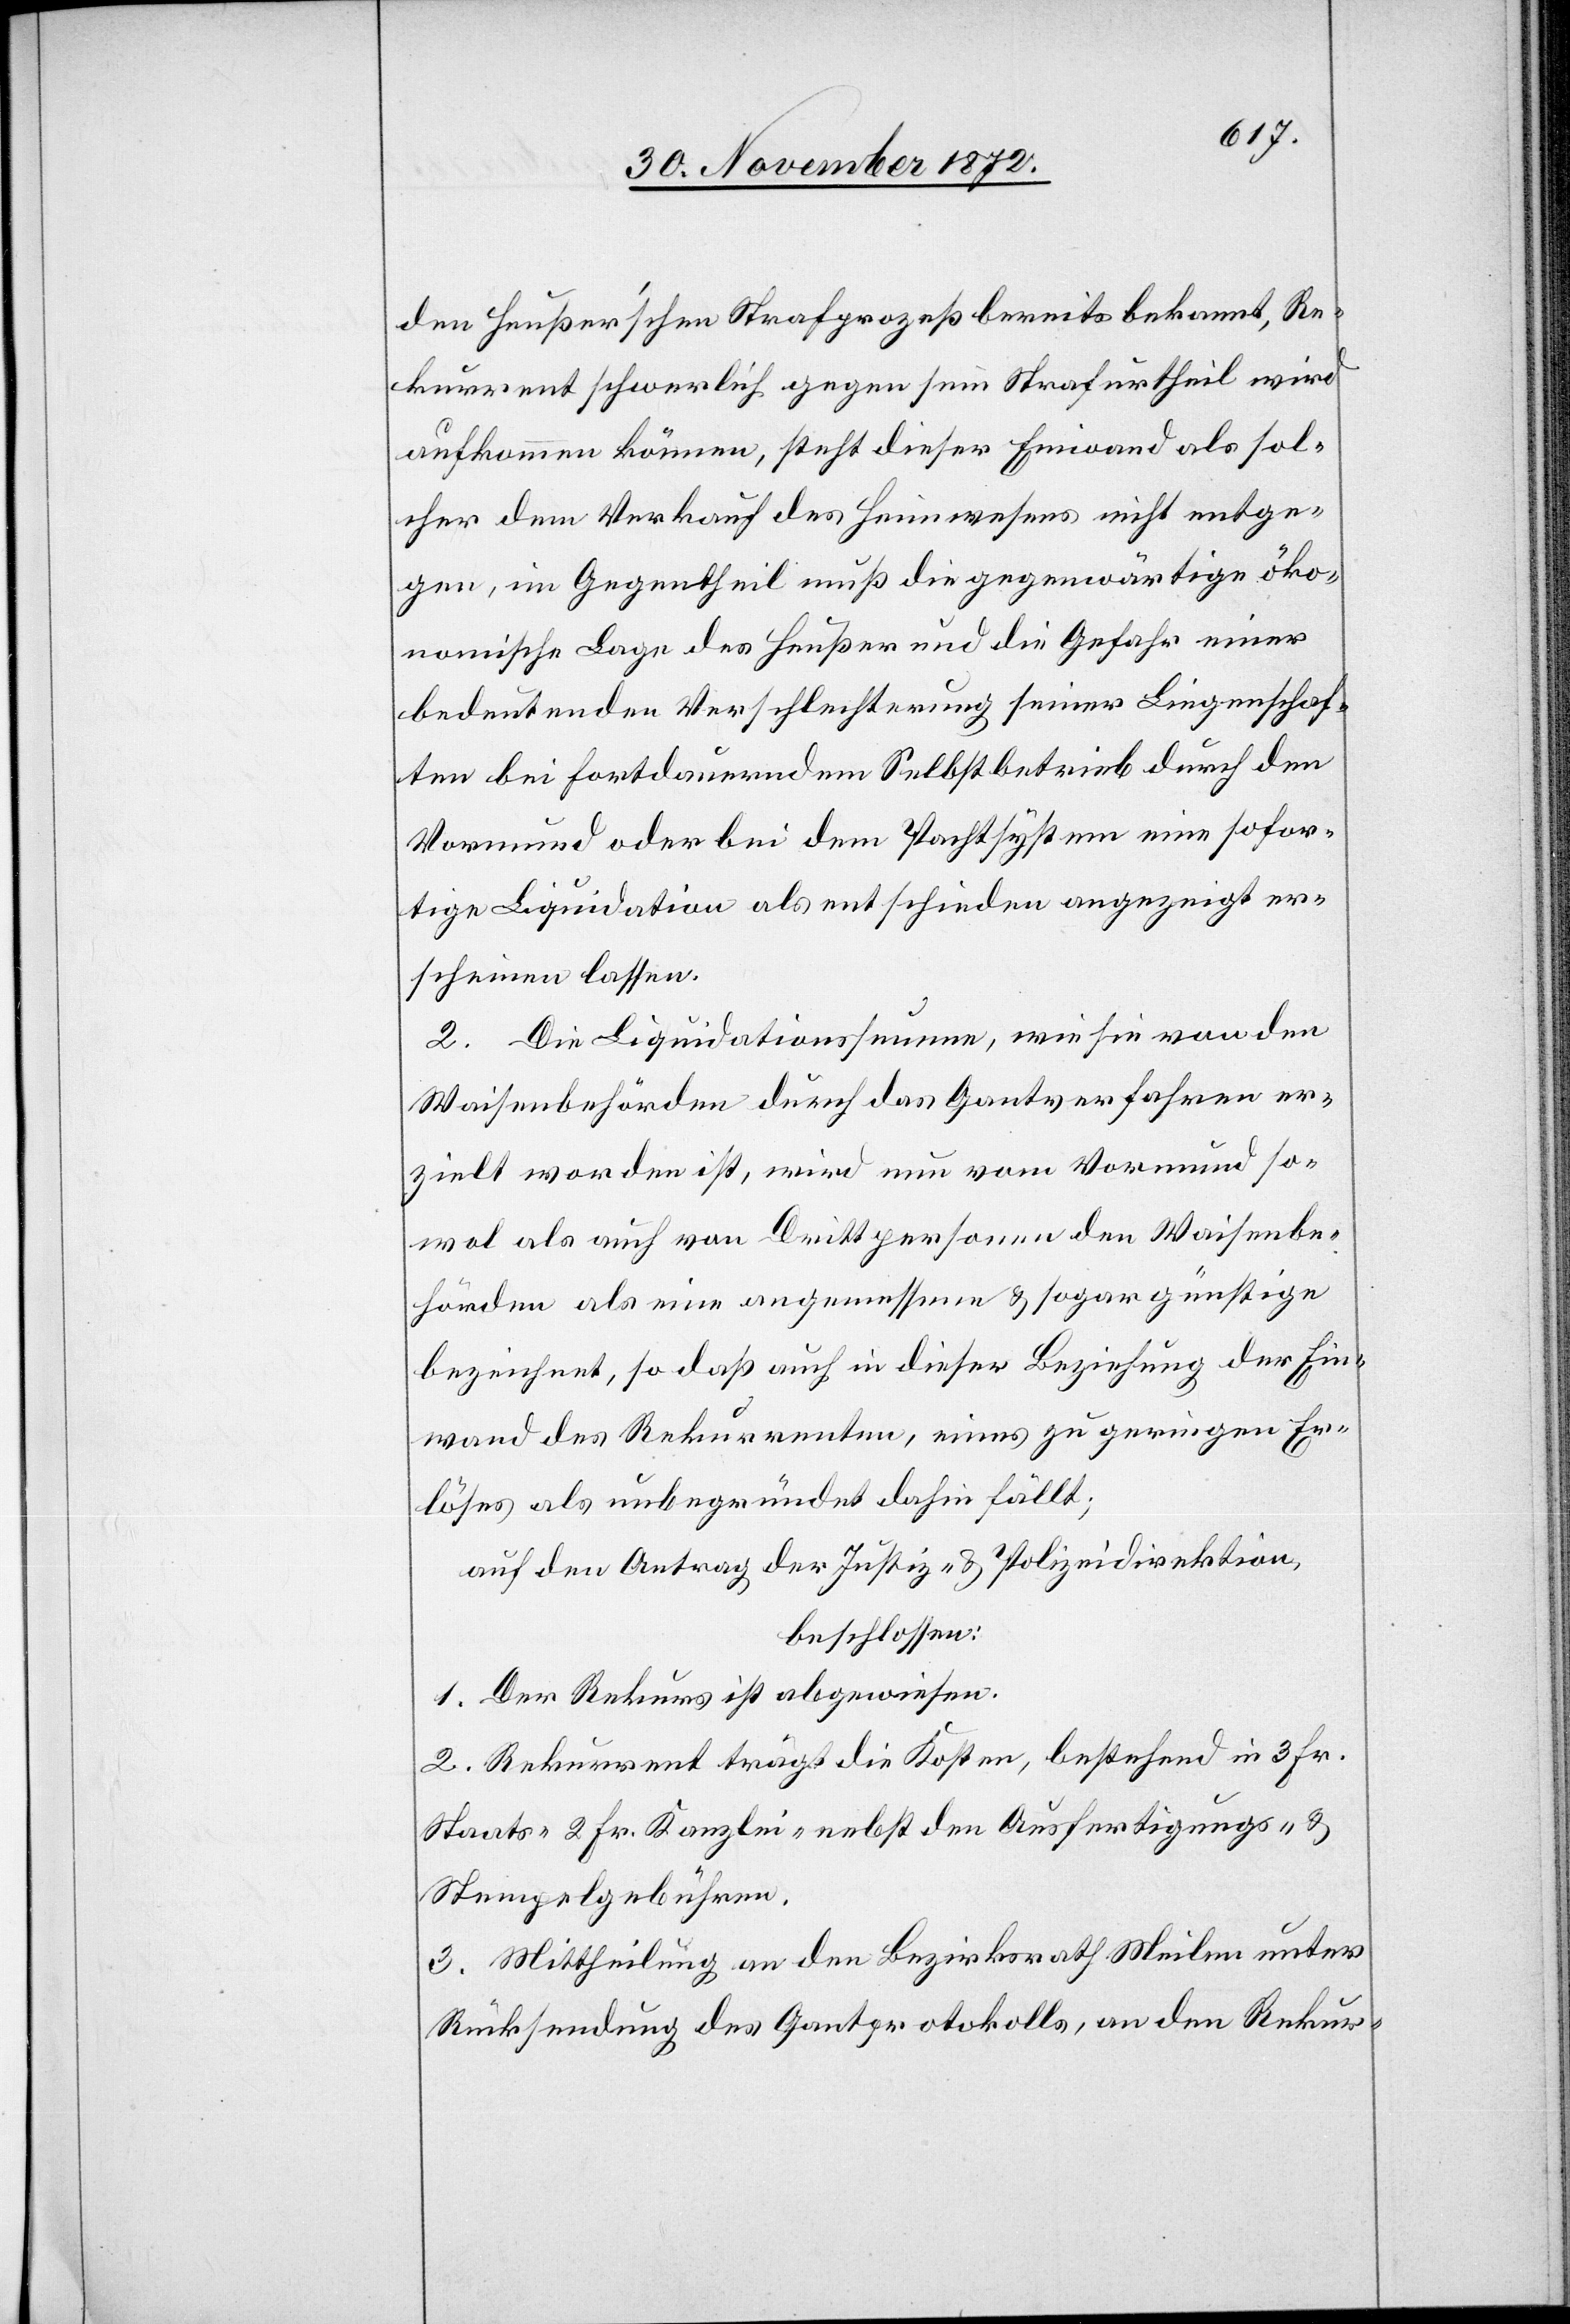
den Heußer’schen Strafprozeß bereits bekannt, Re¬
kurrent schwerlich gegen sein Strafurtheil wird
aufkommen können, steht dieser Einwand als sol¬
cher dem Verkauf des Heimwesens nicht entge¬
gen, im Gegentheil muß die gegenwärtige öko¬
nomische Lage des Heußer und die Gefahr einer
bedeutenden Verschlechterung seiner Liegenschaf¬
ten bei fortdauerndem Selbstbetrieb durch den
Vormund oder bei dem Pachtsystem eine sofor¬
tige Liquidation als entschieden angezeigt er¬
scheinen lassen.
2. Die Liquidationssumme, wie sie von den
Waisenbehörden durch das Gantsverfahren er¬
zielt worden ist, wird nun vom Vormund so¬
wol als auch von Drittpersonen den Waisenbe¬
hörden als eine angemessene u. sogar günstige
bezeichnet, so daß auch in dieser Beziehung der Ein¬
wand des Rekurrenten, eines zu geringen Er¬
löses als unbegründet dahin fällt;
auf den Antrag der Justiz- u. Polizeidirektion,
beschlossen:
1. Der Rekurs ist abgewiesen.
2. Rekurrent trägt die Kosten, bestehend in 3 Fr.
Staats- 2 Fr. Kanzlei- nebst den Ausfertigungs- u.
Stempelgebühren.
3. Mittheilung an den Bezirksrath Meilen unter
Rücksendung des Gantprotokolls, an den Rekur-